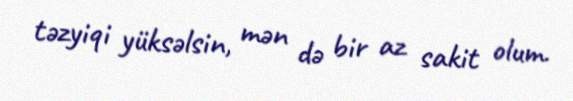
təzyiqi yüksəlsin, mən də bir az sakit olum.